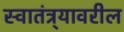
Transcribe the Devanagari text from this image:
स्वातंत्र्यावरील